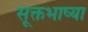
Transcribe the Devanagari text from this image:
सूक्तभाष्या